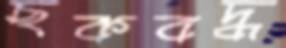
ছকবদ্ধ